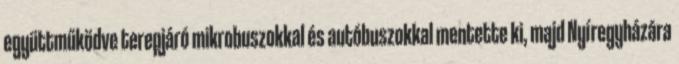
együttműködve terepjáró mikrobuszokkal és autóbuszokkal mentette ki, majd Nyíregyházára